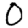
Digit: 0